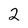
Character: 2